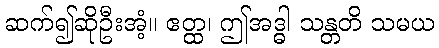
ဆက်၍ဆိုဦးအံ့။ ဧတ္ထ၊ ဤအဒ္ဓါ သန္တတိ သမယ